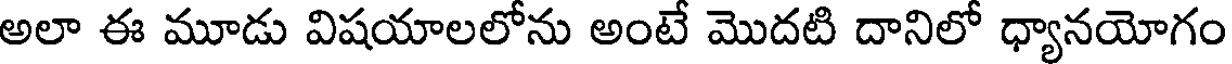
అలా ఈ మూడు విషయాలలోను అంటే మొదటి దానిలో ధ్యానయోగం